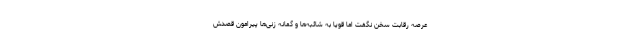
عرصه رقابت سخن نگفت اما قویاٌ به شائبه‌ها و گمانه زنی‌ها پیرامون قصدش